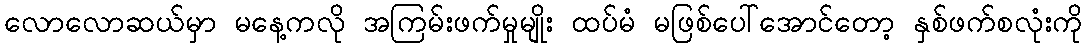
လောလောဆယ်မှာ မနေ့ကလို အကြမ်းဖက်မှုမျိုး ထပ်မံ မဖြစ်ပေါ်အောင်တော့ နှစ်ဖက်စလုံးကို